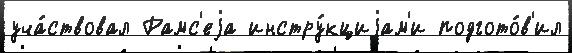
уча́ствовал Рамс'еjа инстру́кциjам'и подгото́в'ил